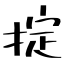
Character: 掟